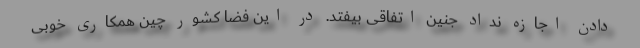
دادن اجازه نداد جنین اتفاقی بیفتد. در این فضا کشور چین همکاری خوبی